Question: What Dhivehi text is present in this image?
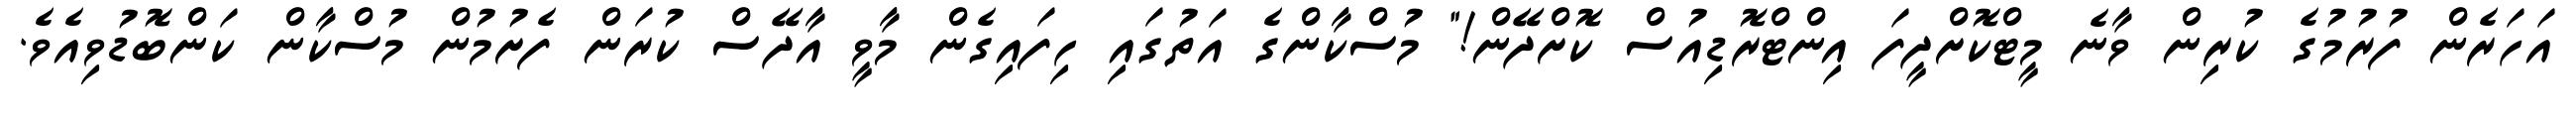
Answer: އަހަރެން ފުރުމުގެ ކުރިން ވާނެ މީޓްކޮށްދީފަ އިންޓްރޮޑިއުސް ކޮށްދޭން!" މުސްކާންގެ އަތުގައި ހިފައިގެން މާވީ އާދޭސް ކުރަން ފެށުމުން މުސްކާން ކަންބޮޑުވިއެވެ.